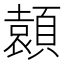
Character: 𩔭